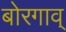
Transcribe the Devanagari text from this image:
बोरगाव्